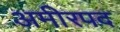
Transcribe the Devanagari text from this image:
अमीरपद